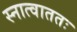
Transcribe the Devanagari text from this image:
स्नात्वाततः